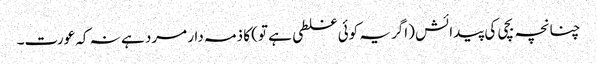
چنانچہ بچی کی پیدائش (اگر یہ کوئی غلطی ہے تو) کا ذمہ دار مرد ہے نہ کہ عورت۔